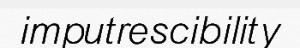
imputrescibility